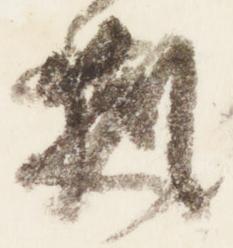
猶